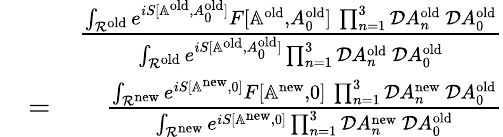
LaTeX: \begin{array}{rlr}&{}&{{\frac{\int_{{\cal R}^{\mathrm{old}}}e^{iS[\mathbb{A}^{\mathrm{old}},A_{0}^{\mathrm{old}}]}F[\mathbb{A}^{\mathrm{old}},A_{0}^{\mathrm{old}}]\, \prod_{n=1}^{3}{\cal D}A_{n}^{\mathrm{old}}\, {\cal D}A_{0}^{\mathrm{old}}}{\int_{{\cal R}^{\mathrm{old}}}e^{iS[\mathbb{A}^{\mathrm{old}},A_{0}^{\mathrm{old}}]}\prod_{n=1}^{3}{\cal D}A_{n}^{\mathrm{old}}\, {\cal D}A_{0}^{\mathrm{old}}}}}\\ &{=}&{{\frac{\int_{{\cal R}^{\mathrm{new}}}e^{iS[\mathbb{A}^{\mathrm{new}},0]}F[\mathbb{A}^{\mathrm{new}},0]\, \prod_{n=1}^{3}{\cal D}A_{n}^{\mathrm{new}}\, {\cal D}A_{0}^{\mathrm{old}}}{\int_{{\cal R}^{\mathrm{new}}}e^{iS[\mathbb{A}^{\mathrm{new}},0]}\prod_{n=1}^{3}{\cal D}A_{n}^{\mathrm{new}}\, {\cal D}A_{0}^{\mathrm{old}}}}}\end{array}